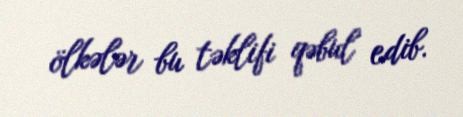
ölkələr bu təklifi qəbul edib.